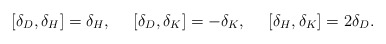
\begin{align*}[\delta_D,\delta_H]=\delta_H,\ \ \ \ [\delta_D,\delta_K]=-\delta_K,\ \ \ \ [\delta_H,\delta_K]=2\delta_D.\end{align*}